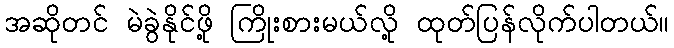
အဆိုတင် မဲခွဲနိုင်ဖို့ ကြိုးစားမယ်လို့ ထုတ်ပြန်လိုက်ပါတယ်။